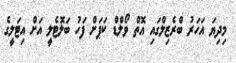
މިދިޔަ އަހަރު ބްރެޒިލްގައި އޮތް ވޯލްޑް ކަޕަށް ފަހު ބަލޮޓެލީ އަށް އިޓަލީގެ